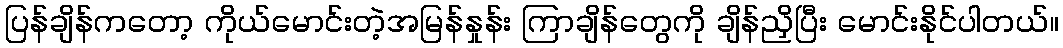
ပြန်ချိန်ကတော့ ကိုယ်မောင်းတဲ့အမြန်နှုန်း ကြာချိန်တွေကို ချိန်ညှိပြီး မောင်းနိုင်ပါတယ်။